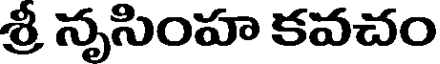
శ్రీ నృసింహ కవచం